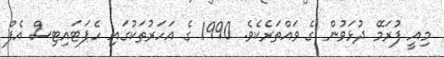
މިއީ ފުރަމޭ ދުޅަވުން ގެ ވައްތަރެކެވެ. 1990 ގެ އަހަރުތަކުގައި ހެޕަޓައިޓިސް އެފް